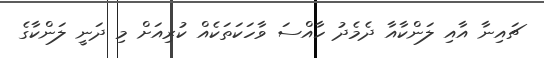
ޗައިނާ އާއި ލަންކާއާ ދެމެދު ހާއްސަ ވާހަކަތަކެއް ކުރިއަށް މި ދަނީ ލަންކާގެ